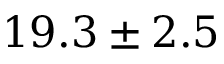
1 9 . 3 \pm 2 . 5